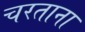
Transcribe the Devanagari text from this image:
चरताना